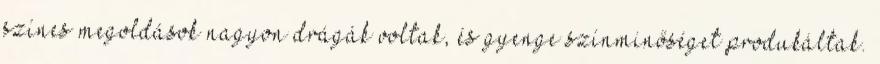
színes megoldások nagyon drágák voltak, és gyenge színminőséget produkáltak.